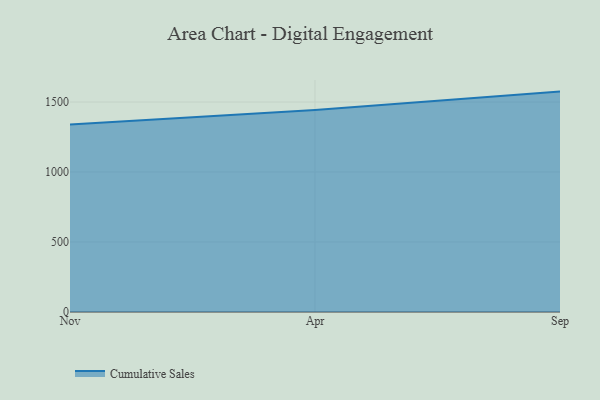
{"axis": {"x": "Month", "y": "Headcount"}, "legend": ["Cumulative Sales"], "data": [{"x": "Nov", "y": 1339.2, "type": "Cumulative Sales"}, {"x": "Apr", "y": 1443.5, "type": "Cumulative Sales"}, {"x": "Sep", "y": 1574.4, "type": "Cumulative Sales"}]}